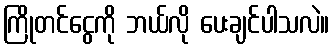
ကြိုတင်ငွေကို ဘယ်လို ပေးချင်ပါသလဲ။